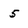
Character: 5